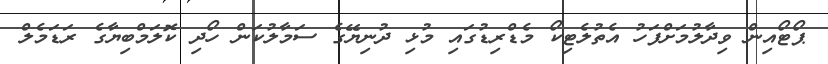
ޕޯޓޯއިން ވިދާލުމަށްފަހު އެތުލެޓިކޯ މެޑްރިޑުގައި މުޅި ދުނިޔޭގެ ސަމާލުކަން ހޯދި ކޮލަމްބިޔާގެ ރަޑަމެލް